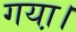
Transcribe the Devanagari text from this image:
गया़।